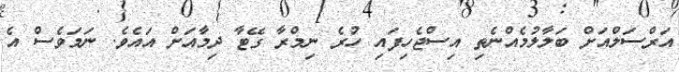
އަރްސަލްއަށް ބަލާލުމެއްނެތި އިސްޖެހިފައި ހުރެ ނިމްރާ ގޭޓާ ދިމާއަށް އައެވެ. ނަމަވެސް އެ